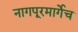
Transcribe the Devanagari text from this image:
नागपूरमार्गेच